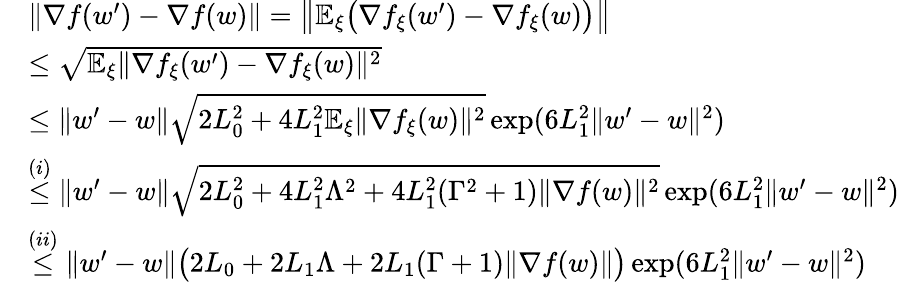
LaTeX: \begin{array}{rl}&{\| \nabla f(w^{\prime})-\nabla f(w)\| =\big\| \mathbb{E}_{\xi}\big(\nabla f_{\xi}(w^{\prime})-\nabla f_{\xi}(w)\big)\big\| }\\ &{\le\sqrt{\mathbb{E}_{\xi}\| \nabla f_{\xi}(w^{\prime})-\nabla f_{\xi}(w)\| ^{2}}}\\ &{\le\| w^{\prime}-w\| \sqrt{2L_{0}^{2}+4L_{1}^{2}\mathbb{E}_{\xi}\| \nabla f_{\xi}(w)\| ^{2}}\exp(6L_{1}^{2}\| w^{\prime}-w\| ^{2})}\\ &{\overset{(i)}{\le}\| w^{\prime}-w\| \sqrt{2L_{0}^{2}+4L_{1}^{2}\Lambda^{2}+4L_{1}^{2}(\Gamma^{2}+1)\| \nabla f(w)\| ^{2}}\exp(6L_{1}^{2}\| w^{\prime}-w\| ^{2})}\\ &{\overset{(ii)}{\le}\| w^{\prime}-w\| \big(2L_{0}+2L_{1}\Lambda+2L_{1}(\Gamma+1)\| \nabla f(w)\| \big)\exp(6L_{1}^{2}\| w^{\prime}-w\| ^{2})}\end{array}